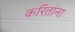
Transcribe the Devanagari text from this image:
करितांना